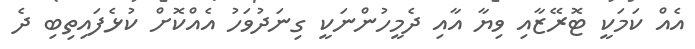
އެއް ކަމަކީ ޓޮރޭޒާއި ވިޔާ އާއި ދެމީހުންނަކީ ގިނަދުވަހު އެއްކޮށް ކުޅެފައިތިބި ދެ